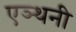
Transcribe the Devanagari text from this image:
एञ्थनी